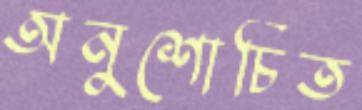
অনুশোচিত